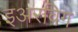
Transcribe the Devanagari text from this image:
इअरविग